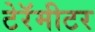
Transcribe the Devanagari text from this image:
टेरॅमीटर